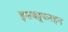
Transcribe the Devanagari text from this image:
इसकाूपलहन